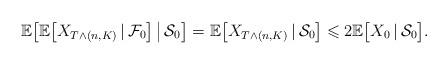
LaTeX: \begin{align*} \mathbb{E}\big[ \mathbb{E}\big[ X_{T\wedge (n,K) } \, | \, \mathcal{F}_0 \big] \, \big|\, \mathcal{S}_0\big]=\mathbb{E}\big[ X_{T\wedge (n,K) } \, | \, \mathcal{S}_0 \big] \leqslant 2 \mathbb{E}\big[ X_0 \, | \, \mathcal{S}_0\big]. \end{align*}